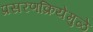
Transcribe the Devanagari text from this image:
प्रसरणक्रियेमुळे